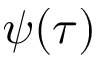
\psi ( \tau )